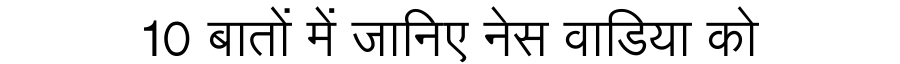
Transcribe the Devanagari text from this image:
10 बातों में जानिए नेस वाडिया को